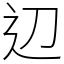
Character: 辺